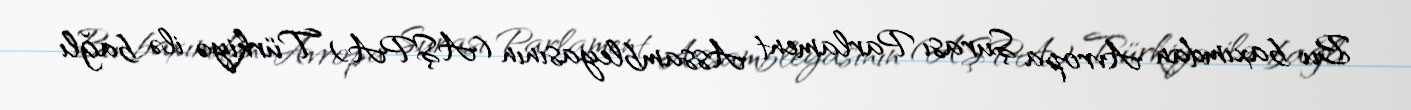
Bu baxımdan Avropa Şurası Parlament Assambleyasının (AŞPA) Türkiyə ilə bağlı